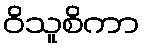
ဝိသူစိကာ